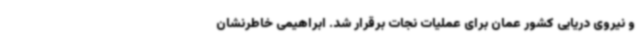
و نیروی دریایی کشور عمان برای عملیات نجات برقرار شد. ابراهیمی خاطرنشان